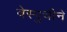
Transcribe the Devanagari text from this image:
वेस्पुचीने